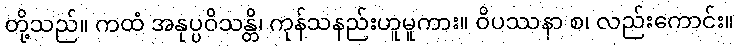
တို့သည်။ ကထံ အနုပ္ပဝိသန္တိ၊ ကုန်သနည်းဟူမူကား။ ဝိပဿနာ စ၊ လည်းကောင်း။